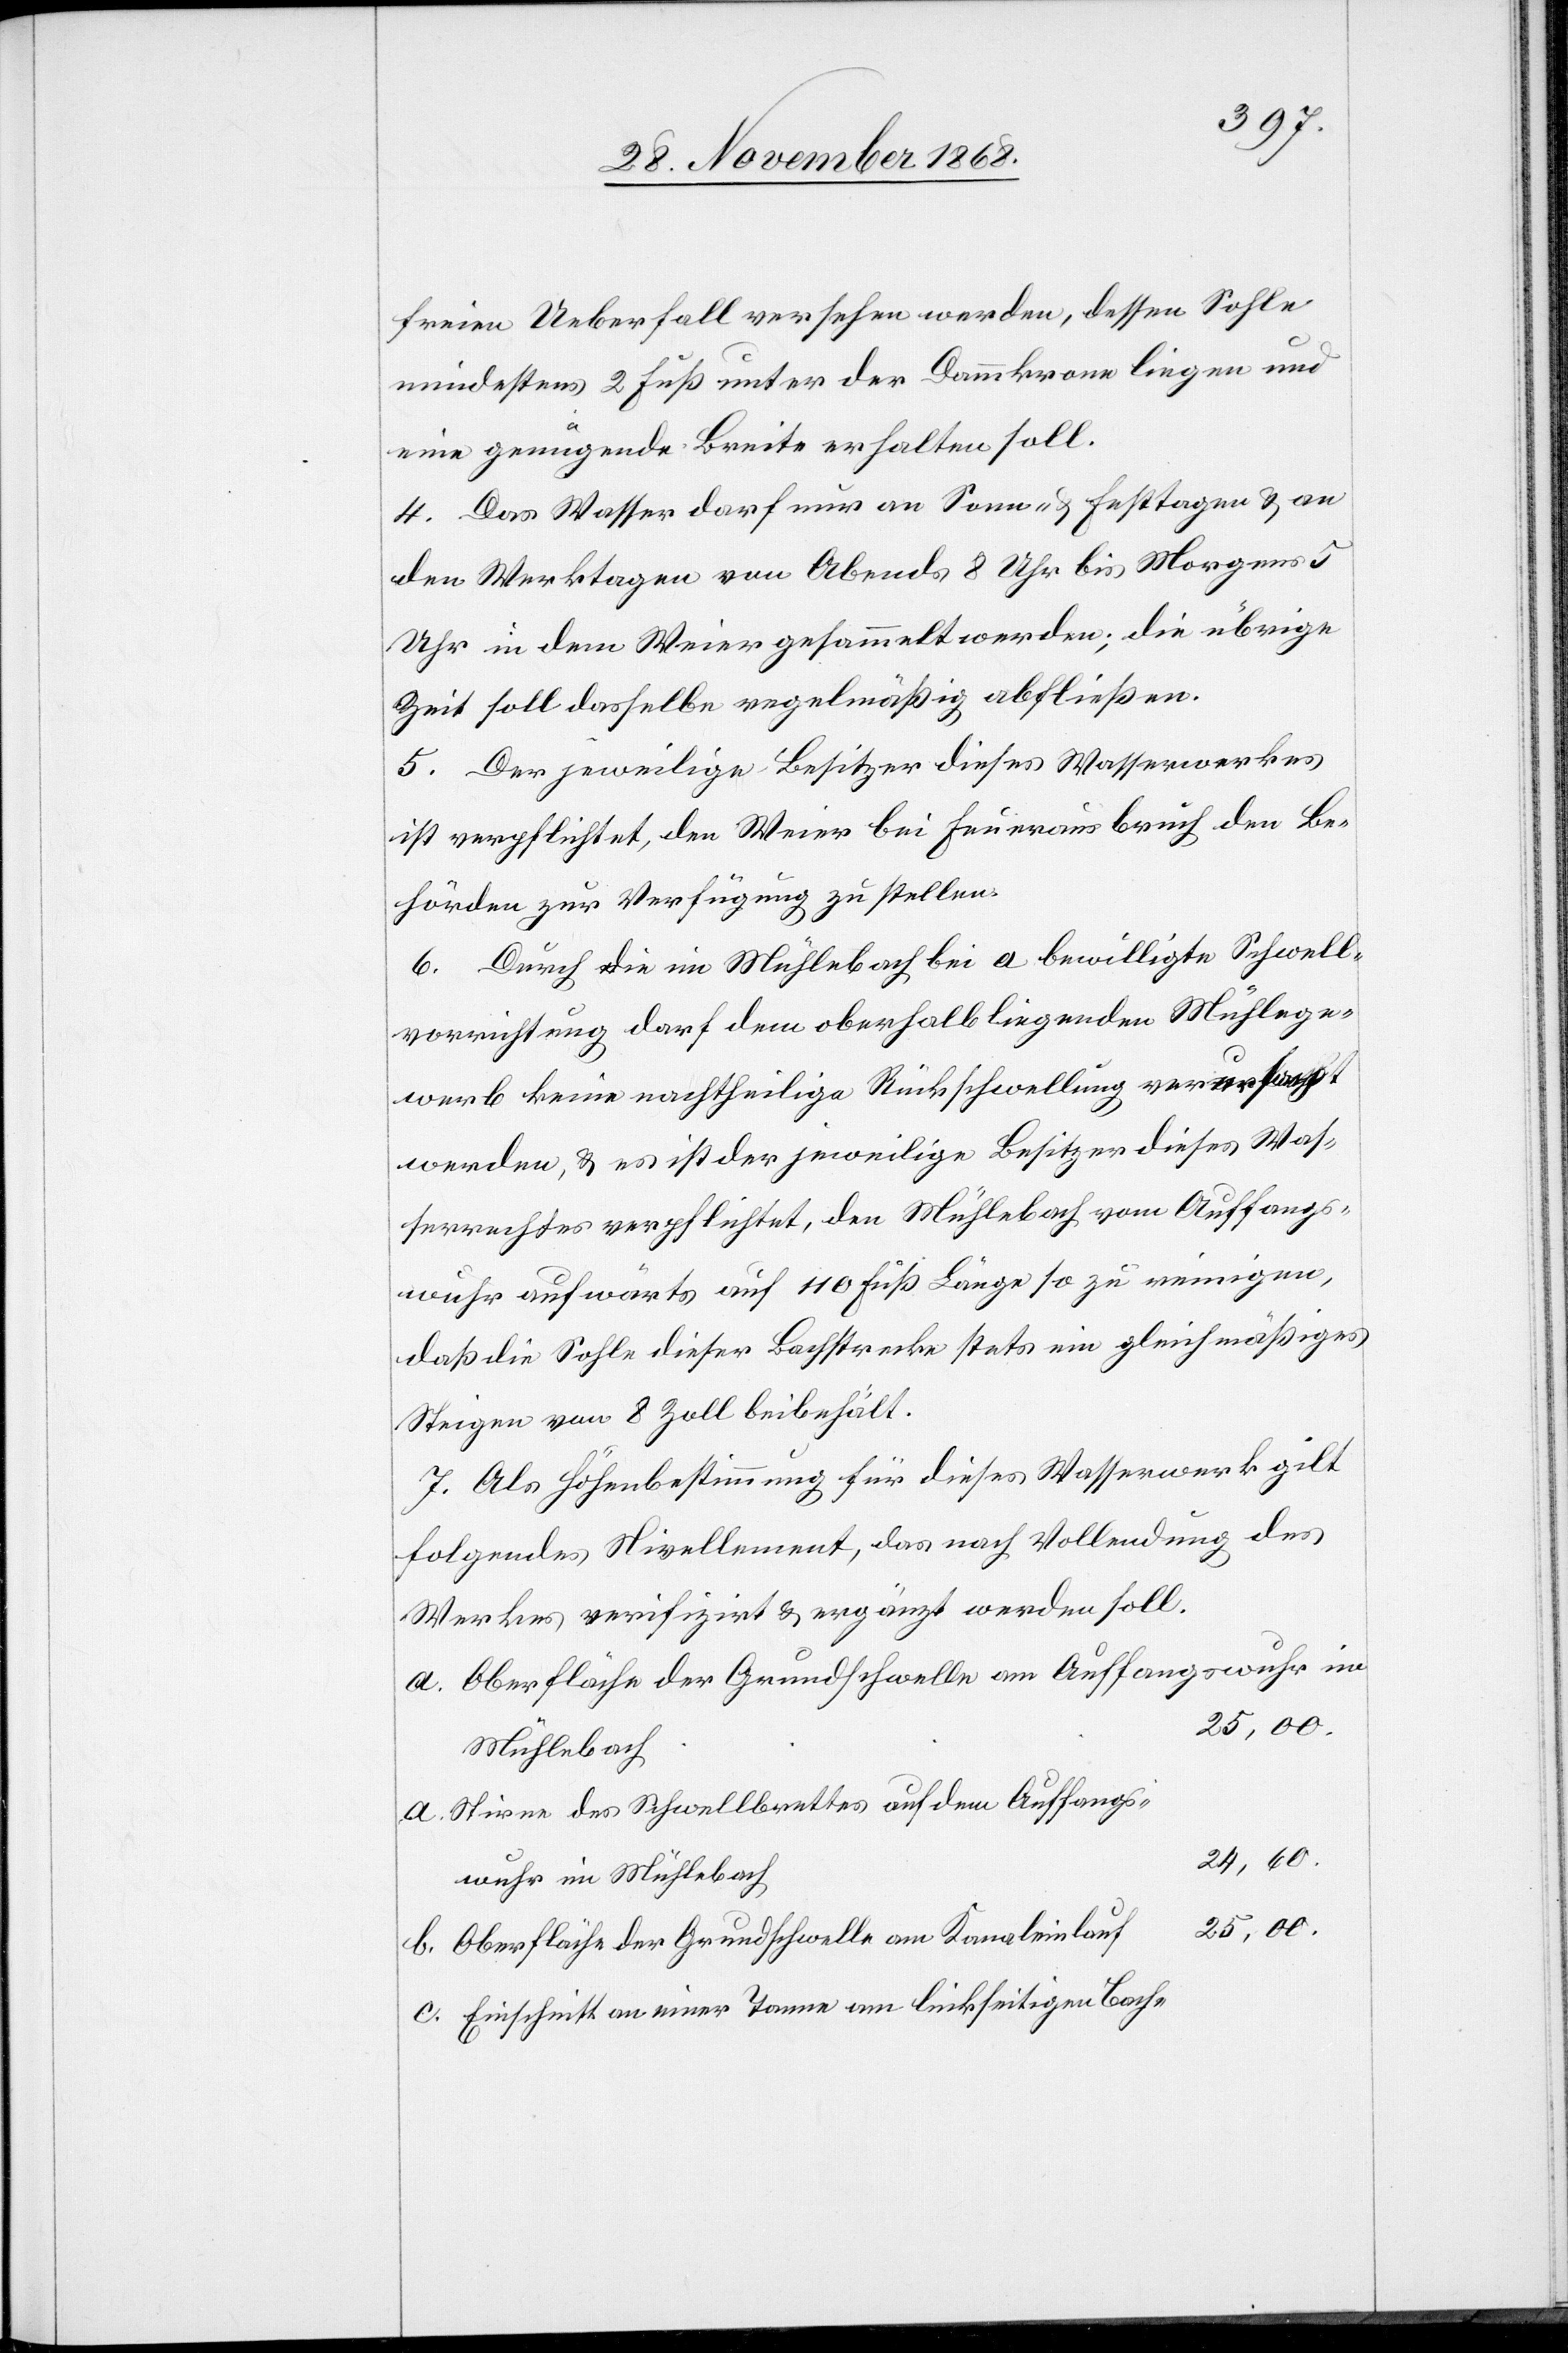
freien Ueberfall versehen werden, dessen Sohle
mindestens 2 Fuß unter der Dammkrone liegen und
eine genügende Breite erhalten soll.
4. Das Wasser darf nur an Sonn- & Festtagen & an
den Werktagen von Abends 8 Uhr bis Morgens 5
Uhr in dem Weier gesammelt werden; die übrige
Zeit soll dasselbe regelmäßig abfließen.
5. Der jeweilige Besitzer dieses Wasserwerkes
ist verpflichtet, den Weier bei Feuerausbruch den Be¬
hörden zur Verfügung zu stellen.
6. Durch die im Mühlebach bei a bewilligte Schwell¬
vorrichtung darf dem oberhalb liegenden Mühlege¬
werb keine nachtheilige Rückschwellung verursacht
werden, & es ist der jeweilige Besitzer dieses Was¬
serrechtes verpflichtet, den Mühlebach vom Auffangs¬
wuhr aufwärts auf 110 Fuß Länge so zu reinigen,
daß die Sohle dieser Bachstrecke stets ein gleichmäßiges
Steigen von 8 Zoll beibehält.
7. Als Höhenbestimmung für dieses Wasserwerk gilt
folgendes Nivellement, das nach Vollendung des
Werkes verifizirt & ergänzt werden soll.
Oberfläche der Grundschwelle am Auffangswuhr im
25,00.
Mühlebach
Stirne des Schwellbrettes auf dem Auffangs¬
24,60.
wuhr im Mühlebach
Oberfläche der Grundschwelle am Kanaleinlauf
Einschnitt an einer Tanne am linkseitigen Bach-